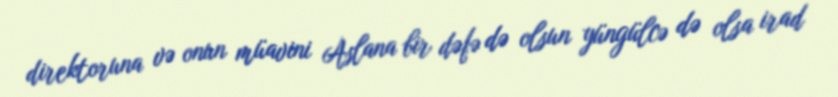
direktoruna və onun müavini Aslana bir dəfə də olsun yüngülcə də olsa irad